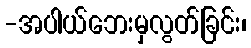
-အပါယ်ဘေးမှလွတ်ခြင်း၊